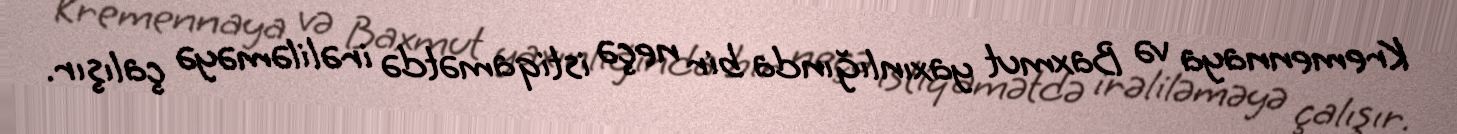
Kremennaya və Baxmut yaxınlığında bir neçə istiqamətdə irəliləməyə çalışır.